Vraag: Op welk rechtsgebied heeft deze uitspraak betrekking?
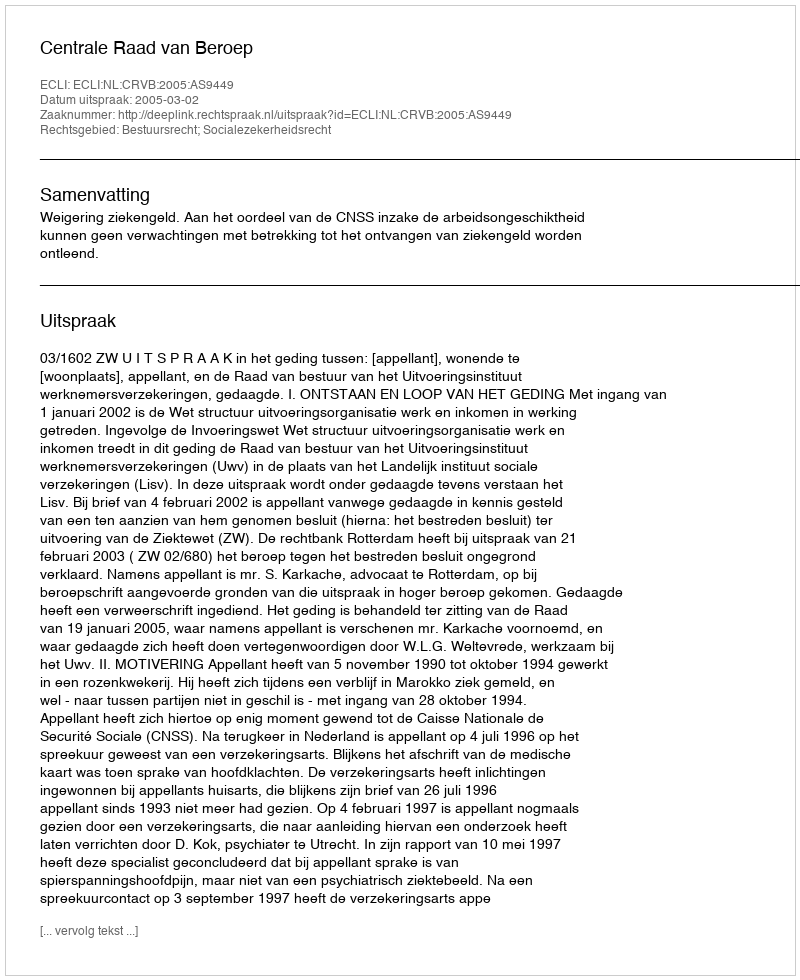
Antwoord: Bestuursrecht; Socialezekerheidsrecht